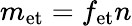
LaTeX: m_{\mathrm{et}}=f_{\mathrm{et}}n